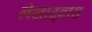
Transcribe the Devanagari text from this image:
लेखाद्वारा